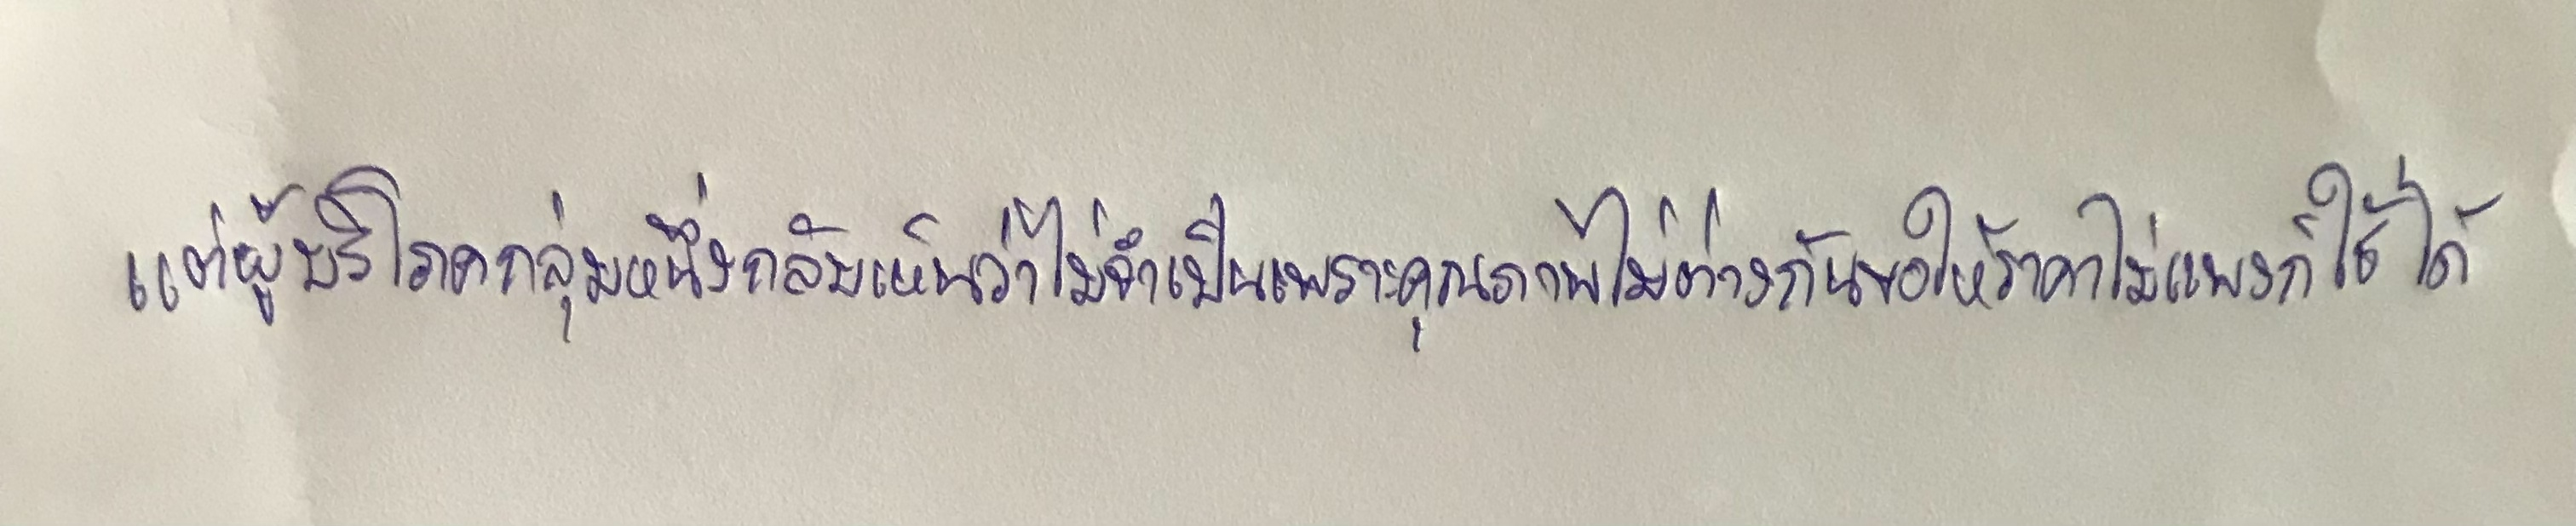
แต่ผู้บริโภคกลุ่มหนึ่งกลับเห็นว่าไม่จำเป็นเพราะคุณภาพไม่ต่างกันขอให้ราคาไม่แพงก็ใช้ได้